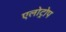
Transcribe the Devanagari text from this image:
एलोट्रोप